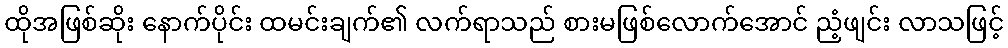
ထိုအဖြစ်ဆိုး နောက်ပိုင်း ထမင်းချက်၏ လက်ရာသည် စားမဖြစ်လောက်အောင် ညံ့ဖျင်း လာသဖြင့်